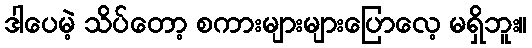
ဒါပေမဲ့ သိပ်တော့ စကားများများပြောလေ့ မရှိဘူး။